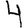
Digit: 4